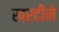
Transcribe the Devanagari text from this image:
खरदीने